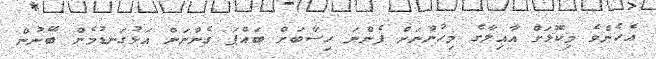
އެހެންވެ މިކޮޅަށް އާއިލާގެ މިހުންނަށް ފެންނަ ހިސާބަށް ބައްޕަ ގެންނަން އަޅުގަނޑުމެން ބޭނުން